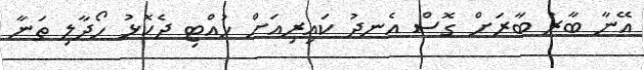
އޭނާ ބާރު ބާރަށް ގޮސް އެނދު ކައިރިއަށް ހުއްޓި ދެކޮޅު ހޯދާލި ތަނާ